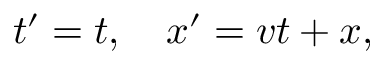
t ^ { \prime } = t , \quad x ^ { \prime } = v t + x ,